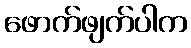
ဖောက်ဖျက်ပါက